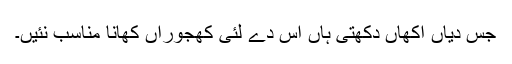
جس دیاں اکھاں دکھتی ہاں اس دے لئی کھجوراں کھانا مناسب نئيں۔